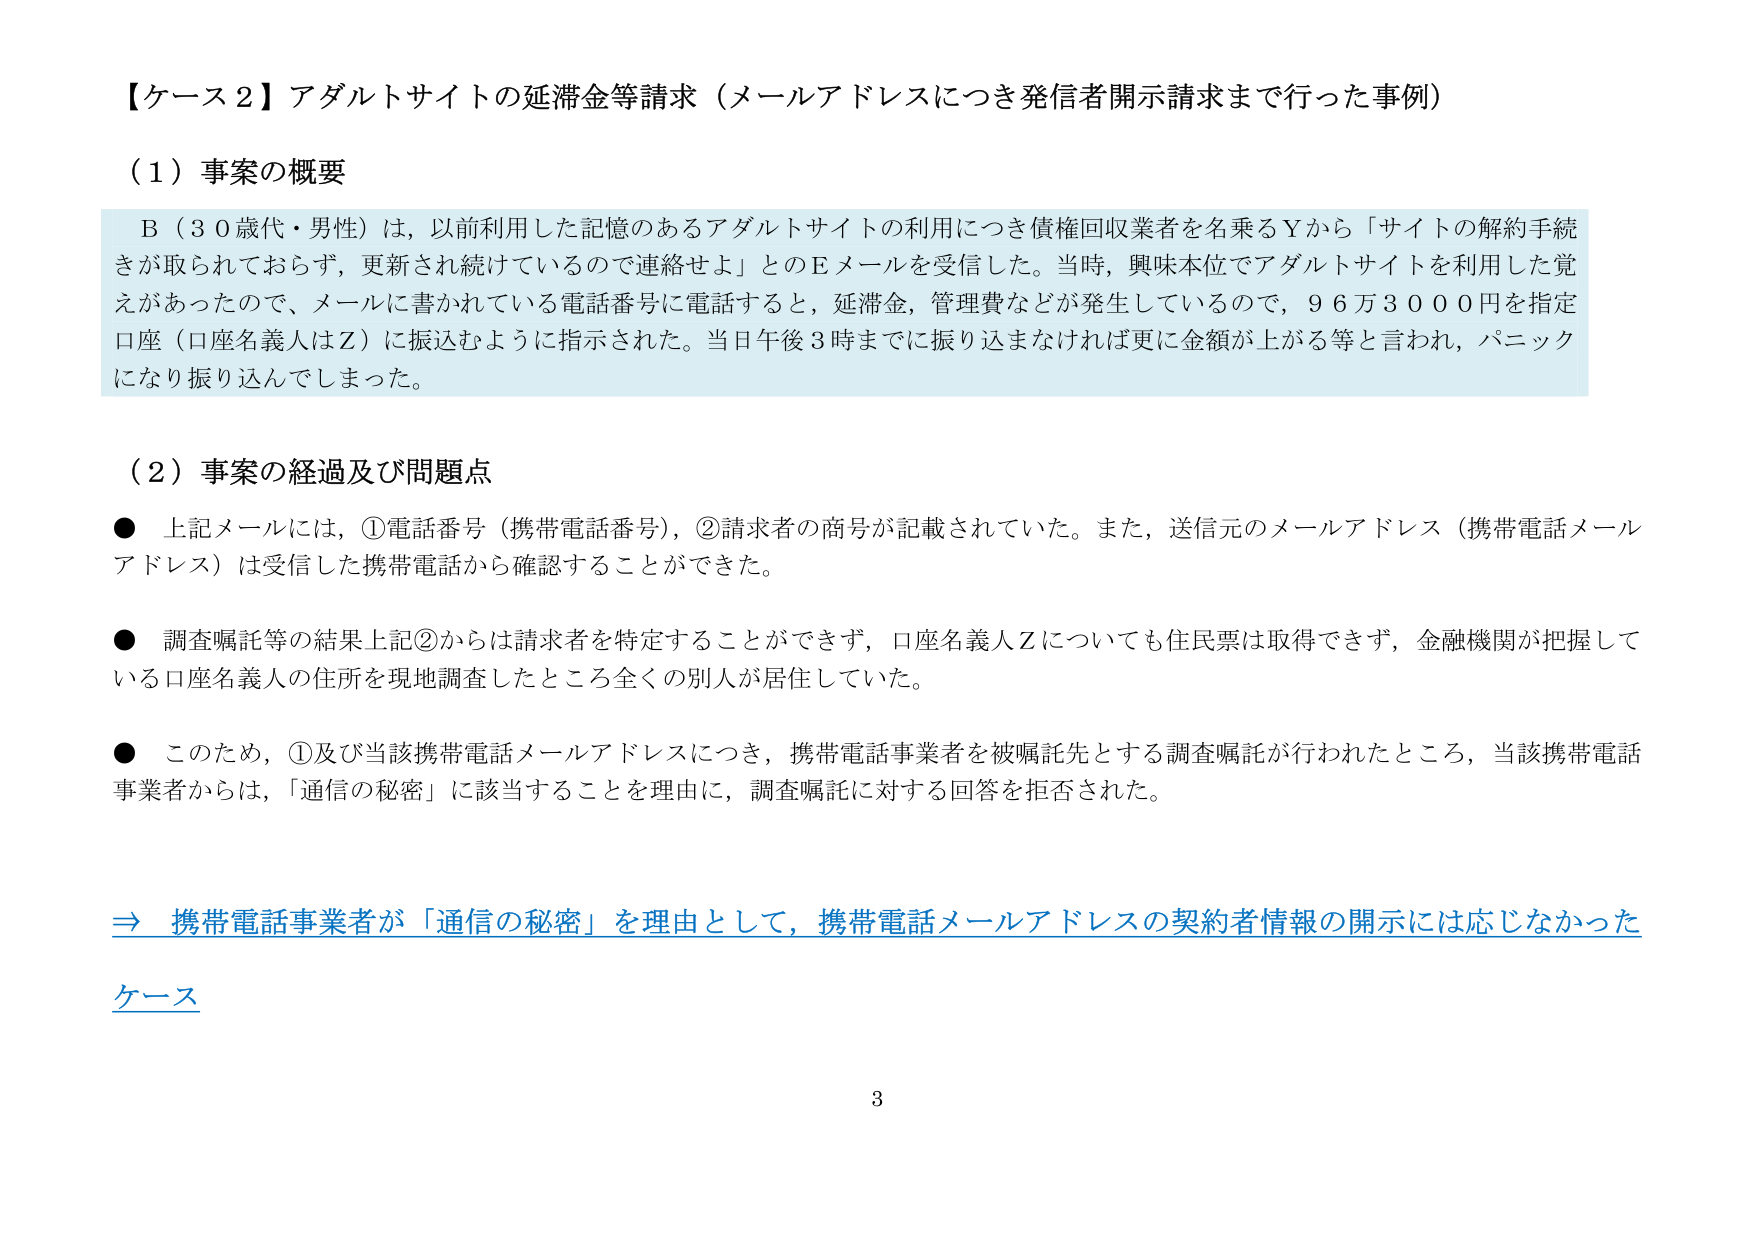
【ケース２】アダルトサイトの延滞金等請求（メールアドレスにつき発信者開示請求まで行った事例）

（１）事案の概要

Ｂ（３０歳代・男性）は、以前利用した記憶のあるアダルトサイトの利用につき債権回収業者を名乗るＹから「サイトの解約手続きが取られておらず、更新され続けているので連絡せよ」とのＥメールを受信した。当時、興味本位でアダルトサイトを利用した覚えがあったので、メールに書かれている電話番号に電話すると、延滞金、管理費などが発生しているので、９６万３０００円を指定口座（口座名義人はＺ）に振込むように指示された。当日午後３時までに振り込まなければ更に金額が上がる等と言われ、パニックになり振り込んでしまった。

（２）事案の経過及び問題点

● 上記メールには、①電話番号（携帯電話番号）、②請求者の商号が記載されていた。また、送信元のメールアドレス（携帯電話メールアドレス）は受信した携帯電話から確認することができた。

● 調査嘱託等の結果上記②からは請求者を特定することができず、口座名義人Ｚについても住民票は取得できず、金融機関が把握している口座名義人の住所を現地調査したところ全くの別人が居住していた。

● このため、①及び当該携帯電話メールアドレスにつき、携帯電話事業者を被嘱託先とする調査嘱託が行われたところ、当該携帯電話事業者からは、「通信の秘密」に該当することを理由に、調査嘱託に対する回答を拒否された。

⇒ 携帯電話事業者が「通信の秘密」を理由として、携帯電話メールアドレスの契約者情報の開示には応じなかったケース

3